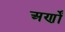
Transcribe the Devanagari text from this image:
अर्णों